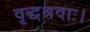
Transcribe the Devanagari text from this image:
वृद्धश्रवाः।